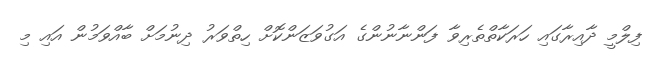
ފިލްމީ ދާއިރާގައި ހަރަކާތްތެރިވާ ފަންނާނުންގެ އަގުވަޒަންކޮށް ހިތްވަރު ދިނުމަށް ބާއްވަމުން އައި މި